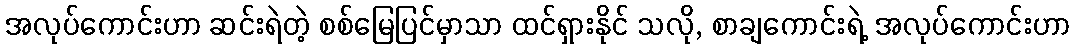
အလုပ်ကောင်းဟာ ဆင်းရဲတဲ့ စစ်မြေပြင်မှာသာ ထင်ရှားနိုင် သလို, စာချကောင်းရဲ့ အလုပ်ကောင်းဟာ